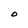
Character: O